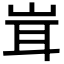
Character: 𮱨